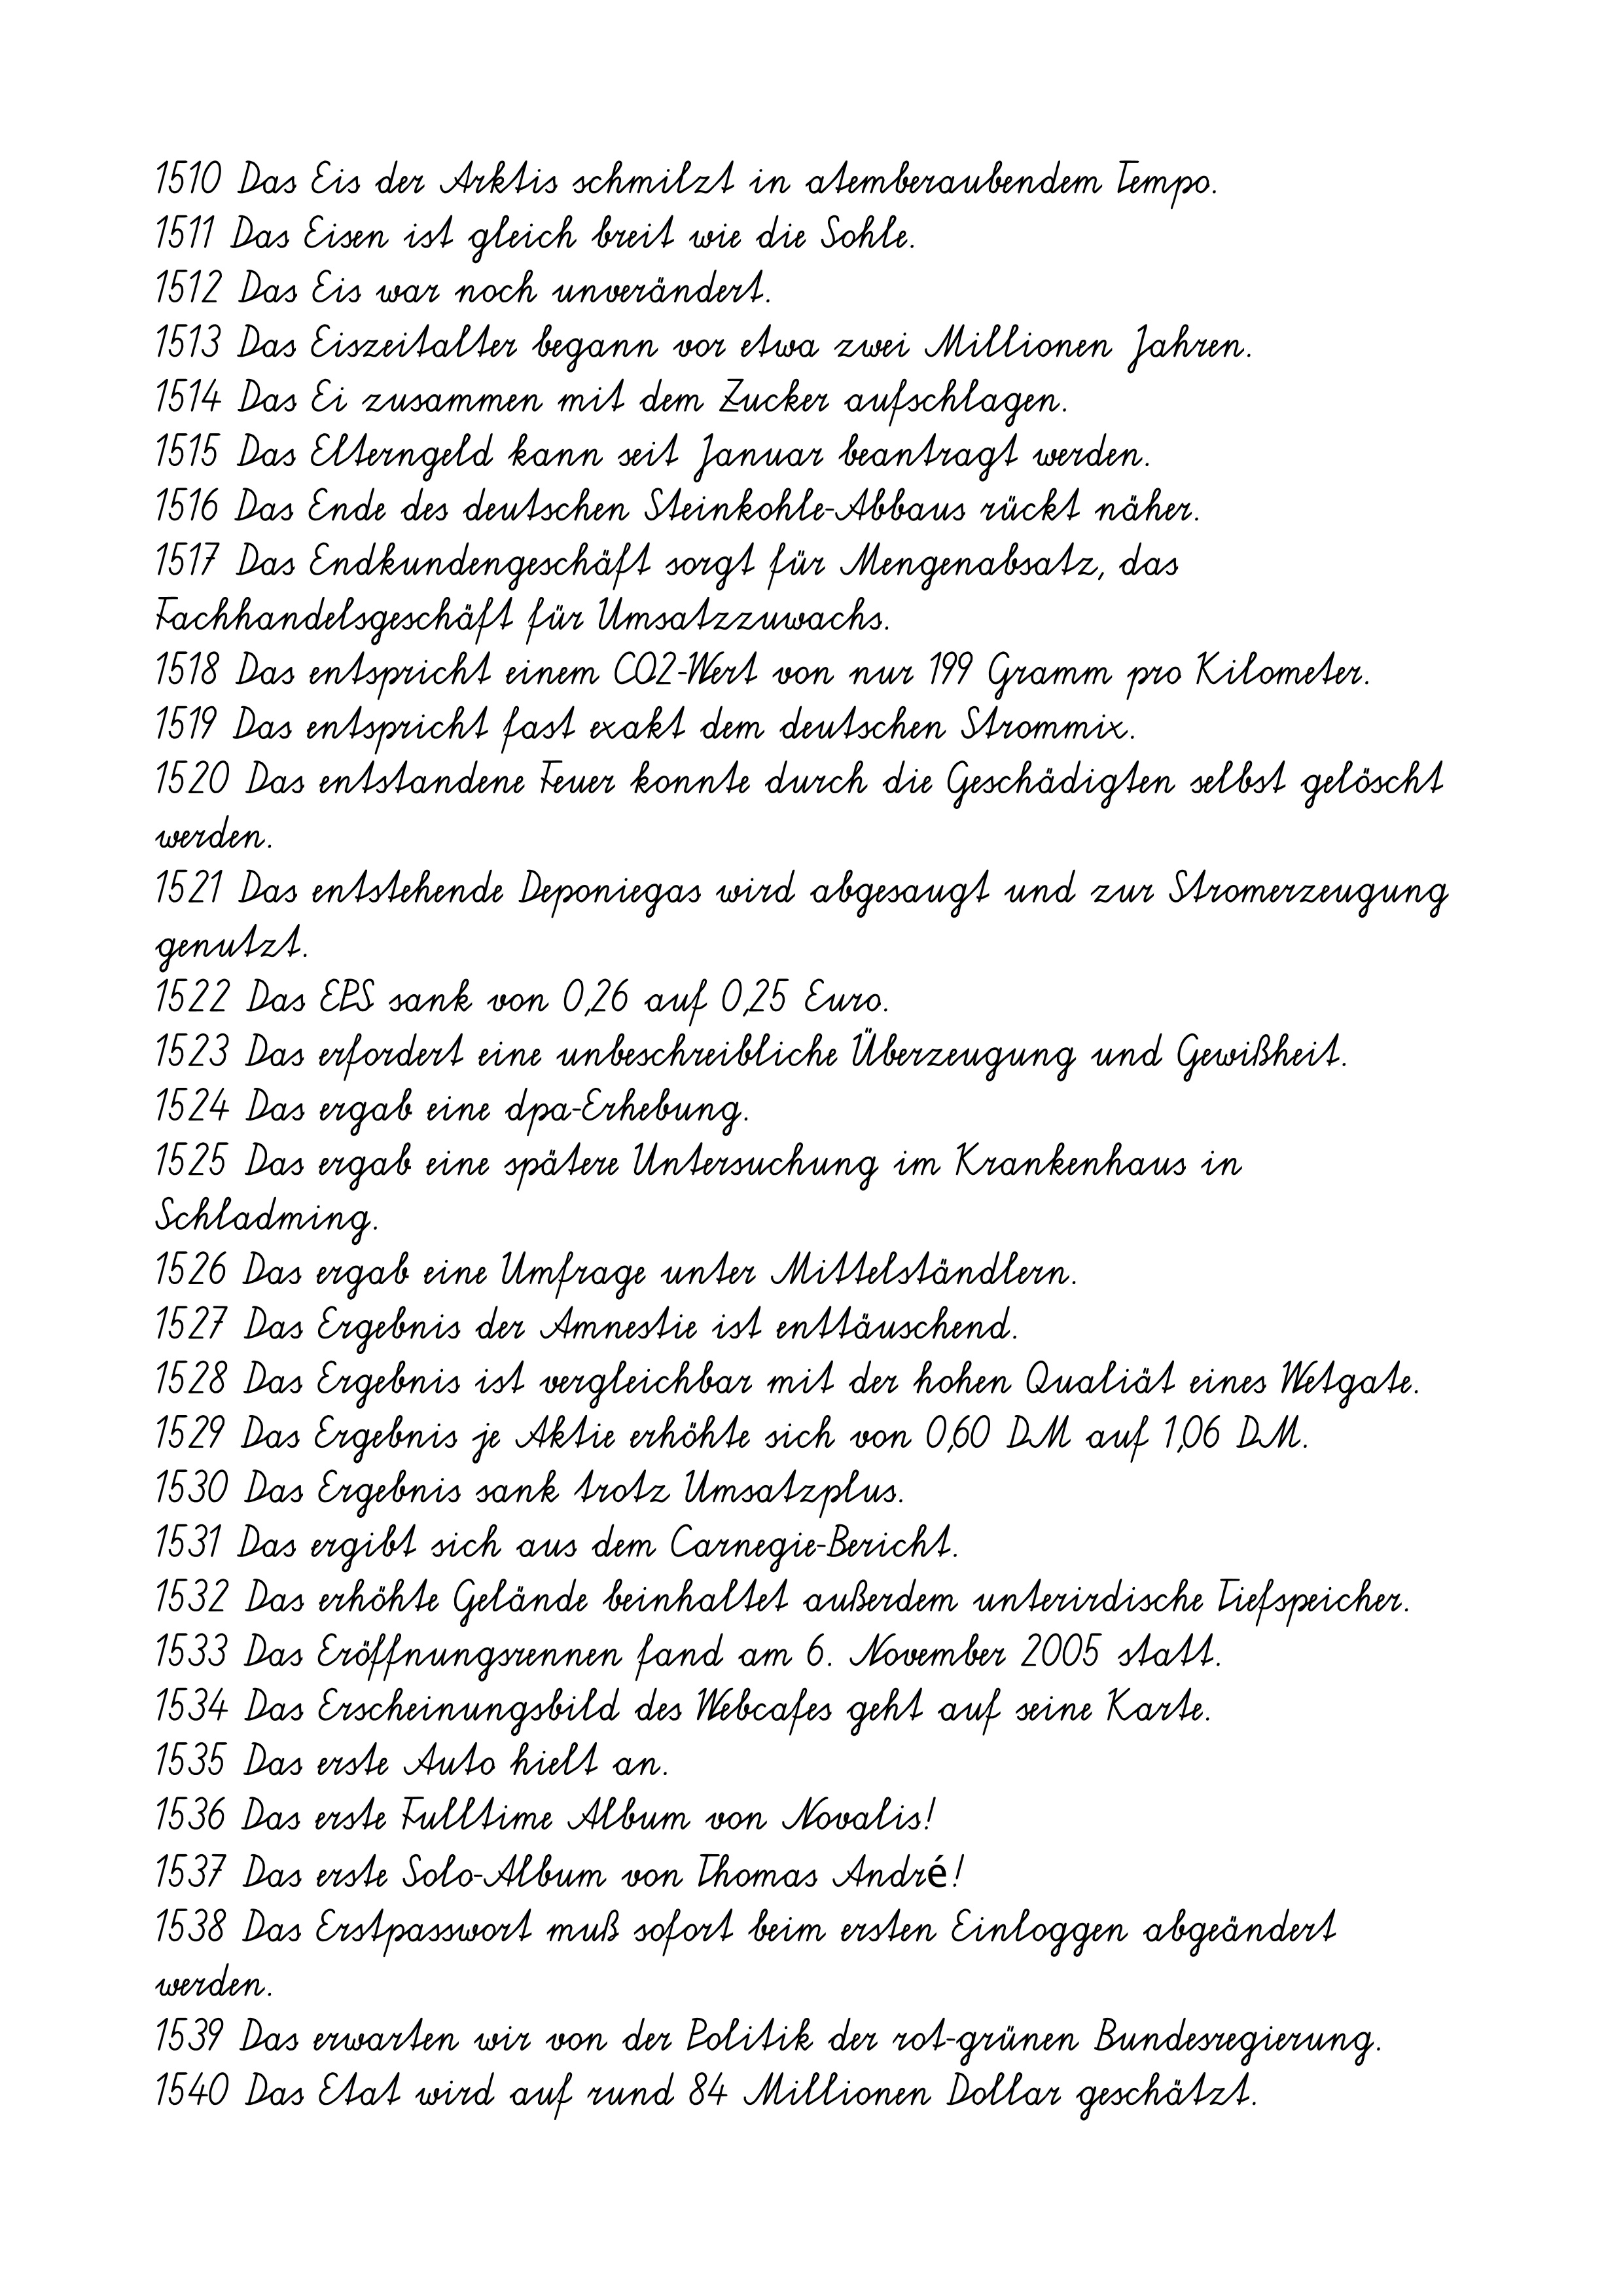
1510 Das Eis der Arktis schmilzt in atemberaubendem Tempo.
1511 Das Eisen ist gleich breit wie die Sohle.
1512 Das Eis war noch unverändert.
1513 Das Eiszeitalter begann vor etwa zwei Millionen Jahren.
1514 Das Ei zusammen mit dem Zucker aufschlagen.
1515 Das Elterngeld kann seit Januar beantragt werden.
1516 Das Ende des deutschen Steinkohle-Abbaus rückt näher.
1517 Das Endkundengeschäft sorgt für Mengenabsatz, das
Fachhandelsgeschäft für Umsatzzuwachs.
1518 Das entspricht einem CO2-Wert von nur 199 Gramm pro Kilometer.
1519 Das entspricht fast exakt dem deutschen Strommix.
1520 Das entstandene Feuer konnte durch die Geschädigten selbst gelöscht
werden.
1521 Das entstehende Deponiegas wird abgesaugt und zur Stromerzeugung
genutzt.
1522 Das EPS sank von 0,26 auf 0,25 Euro.
1523 Das erfordert eine unbeschreibliche Überzeugung und Gewißheit.
1524 Das ergab eine dpa-Erhebung.
1525 Das ergab eine spätere Untersuchung im Krankenhaus in
Schladming.
1526 Das ergab eine Umfrage unter Mittelständlern.
1527 Das Ergebnis der Amnestie ist enttäuschend.
1528 Das Ergebnis ist vergleichbar mit der hohen Qualiät eines Wetgate.
1529 Das Ergebnis je Aktie erhöhte sich von 0,60 DM auf 1,06 DM.
1530 Das Ergebnis sank trotz Umsatzplus.
1531 Das ergibt sich aus dem Carnegie-Bericht.
1532 Das erhöhte Gelände beinhaltet außerdem unterirdische Tiefspeicher.
1533 Das Eröffnungsrennen fand am 6. November 2005 statt.
1534 Das Erscheinungsbild des Webcafes geht auf seine Karte.
1535 Das erste Auto hielt an.
1536 Das erste Fulltime Album von Novalis!
1537 Das erste Solo-Album von Thomas André!
1538 Das Erstpasswort muß sofort beim ersten Einloggen abgeändert
werden.
1539 Das erwarten wir von der Politik der rot-grünen Bundesregierung.
1540 Das Etat wird auf rund 84 Millionen Dollar geschätzt.